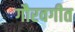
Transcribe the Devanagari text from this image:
गौरवगीत